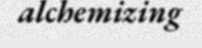
alchemizing